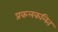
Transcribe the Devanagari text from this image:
प्रकलकलित